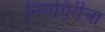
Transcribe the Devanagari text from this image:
निमगिरीचा